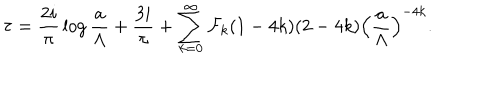
\tau = { \frac { 2 i } { \pi } } \log { \frac { a } { \Lambda } } + { \frac { 3 i } { \pi } } + \sum _ { k = 0 } ^ { \infty } { \cal F } _ { k } ( 1 - 4 k ) ( 2 - 4 k ) \left( { \frac { a } { \Lambda } } \right) ^ { - 4 k } .